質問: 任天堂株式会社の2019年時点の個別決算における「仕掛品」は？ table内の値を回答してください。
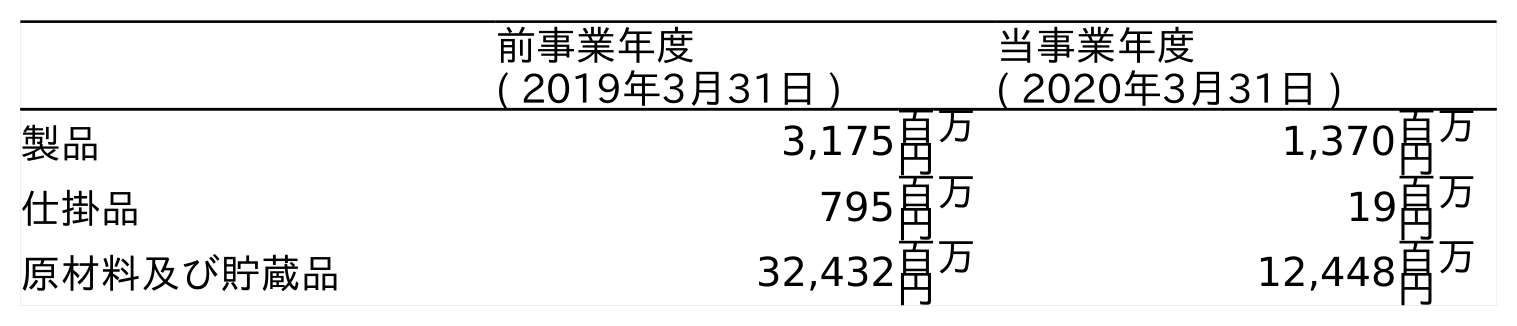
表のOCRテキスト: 前事業年度 ( 2019年3月31日 ) 当事業年度 ( 2020年3月31日 ) 製品 3,175百万 円 1,370百万 円 仕掛品 795百万 円 19百万 円 原材料及び貯蔵品 32,432百万 円 12,448百万 円
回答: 795